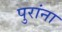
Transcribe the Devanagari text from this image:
पुरांना